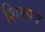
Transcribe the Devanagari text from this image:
शिकावु